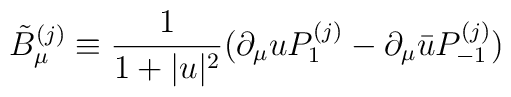
\tilde{B}_{\mu}^{(j)} \equiv \frac{1}{1+|u|^2}             (\partial_{\mu}u P_1^{(j)}-\partial_{\mu}\bar{u} P_{-1}^{(j)})